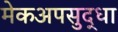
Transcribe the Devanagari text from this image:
मेकअपसुद्धा